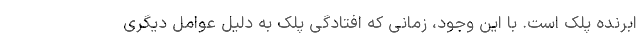
ابرنده پلک است. با این وجود، زمانی که افتادگی پلک به دلیل عوامل دیگری